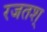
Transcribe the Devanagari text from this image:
रजतश्